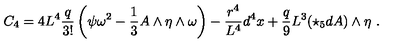
C _ { 4 } = 4 L ^ { 4 } \frac { q } { 3 ! } \left( \psi \omega ^ { 2 } - \frac { 1 } { 3 } A \wedge \eta \wedge \omega \right) - \frac { r ^ { 4 } } { L ^ { 4 } } d ^ { 4 } x + \frac { q } { 9 } L ^ { 3 } ( \star _ { 5 } d A ) \wedge \eta \ .